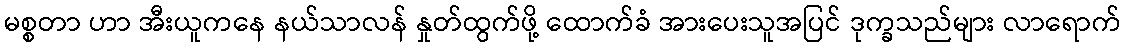
မစ္စတာ ဟာ အီးယူကနေ နယ်သာလန် နှုတ်ထွက်ဖို့ ထောက်ခံ အားပေးသူအပြင် ဒုက္ခသည်များ လာရောက်